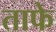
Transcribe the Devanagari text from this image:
ताफे